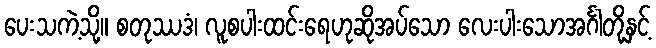
ပေးသကဲ့သို့။ စတုဿဒံ၊ လူစပါးထင်းရေဟုဆိုအပ်သော လေးပါးသောအင်္ဂါတို့နှင့်